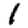
Digit: 1